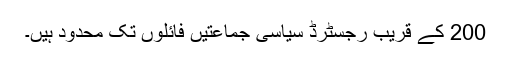
200 کے قریب رجسٹرڈ سیاسی جماعتیں فائلوں تک محدود ہیں۔